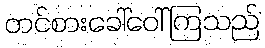
တင်စားခေါ်ဝေါ်ကြသည်